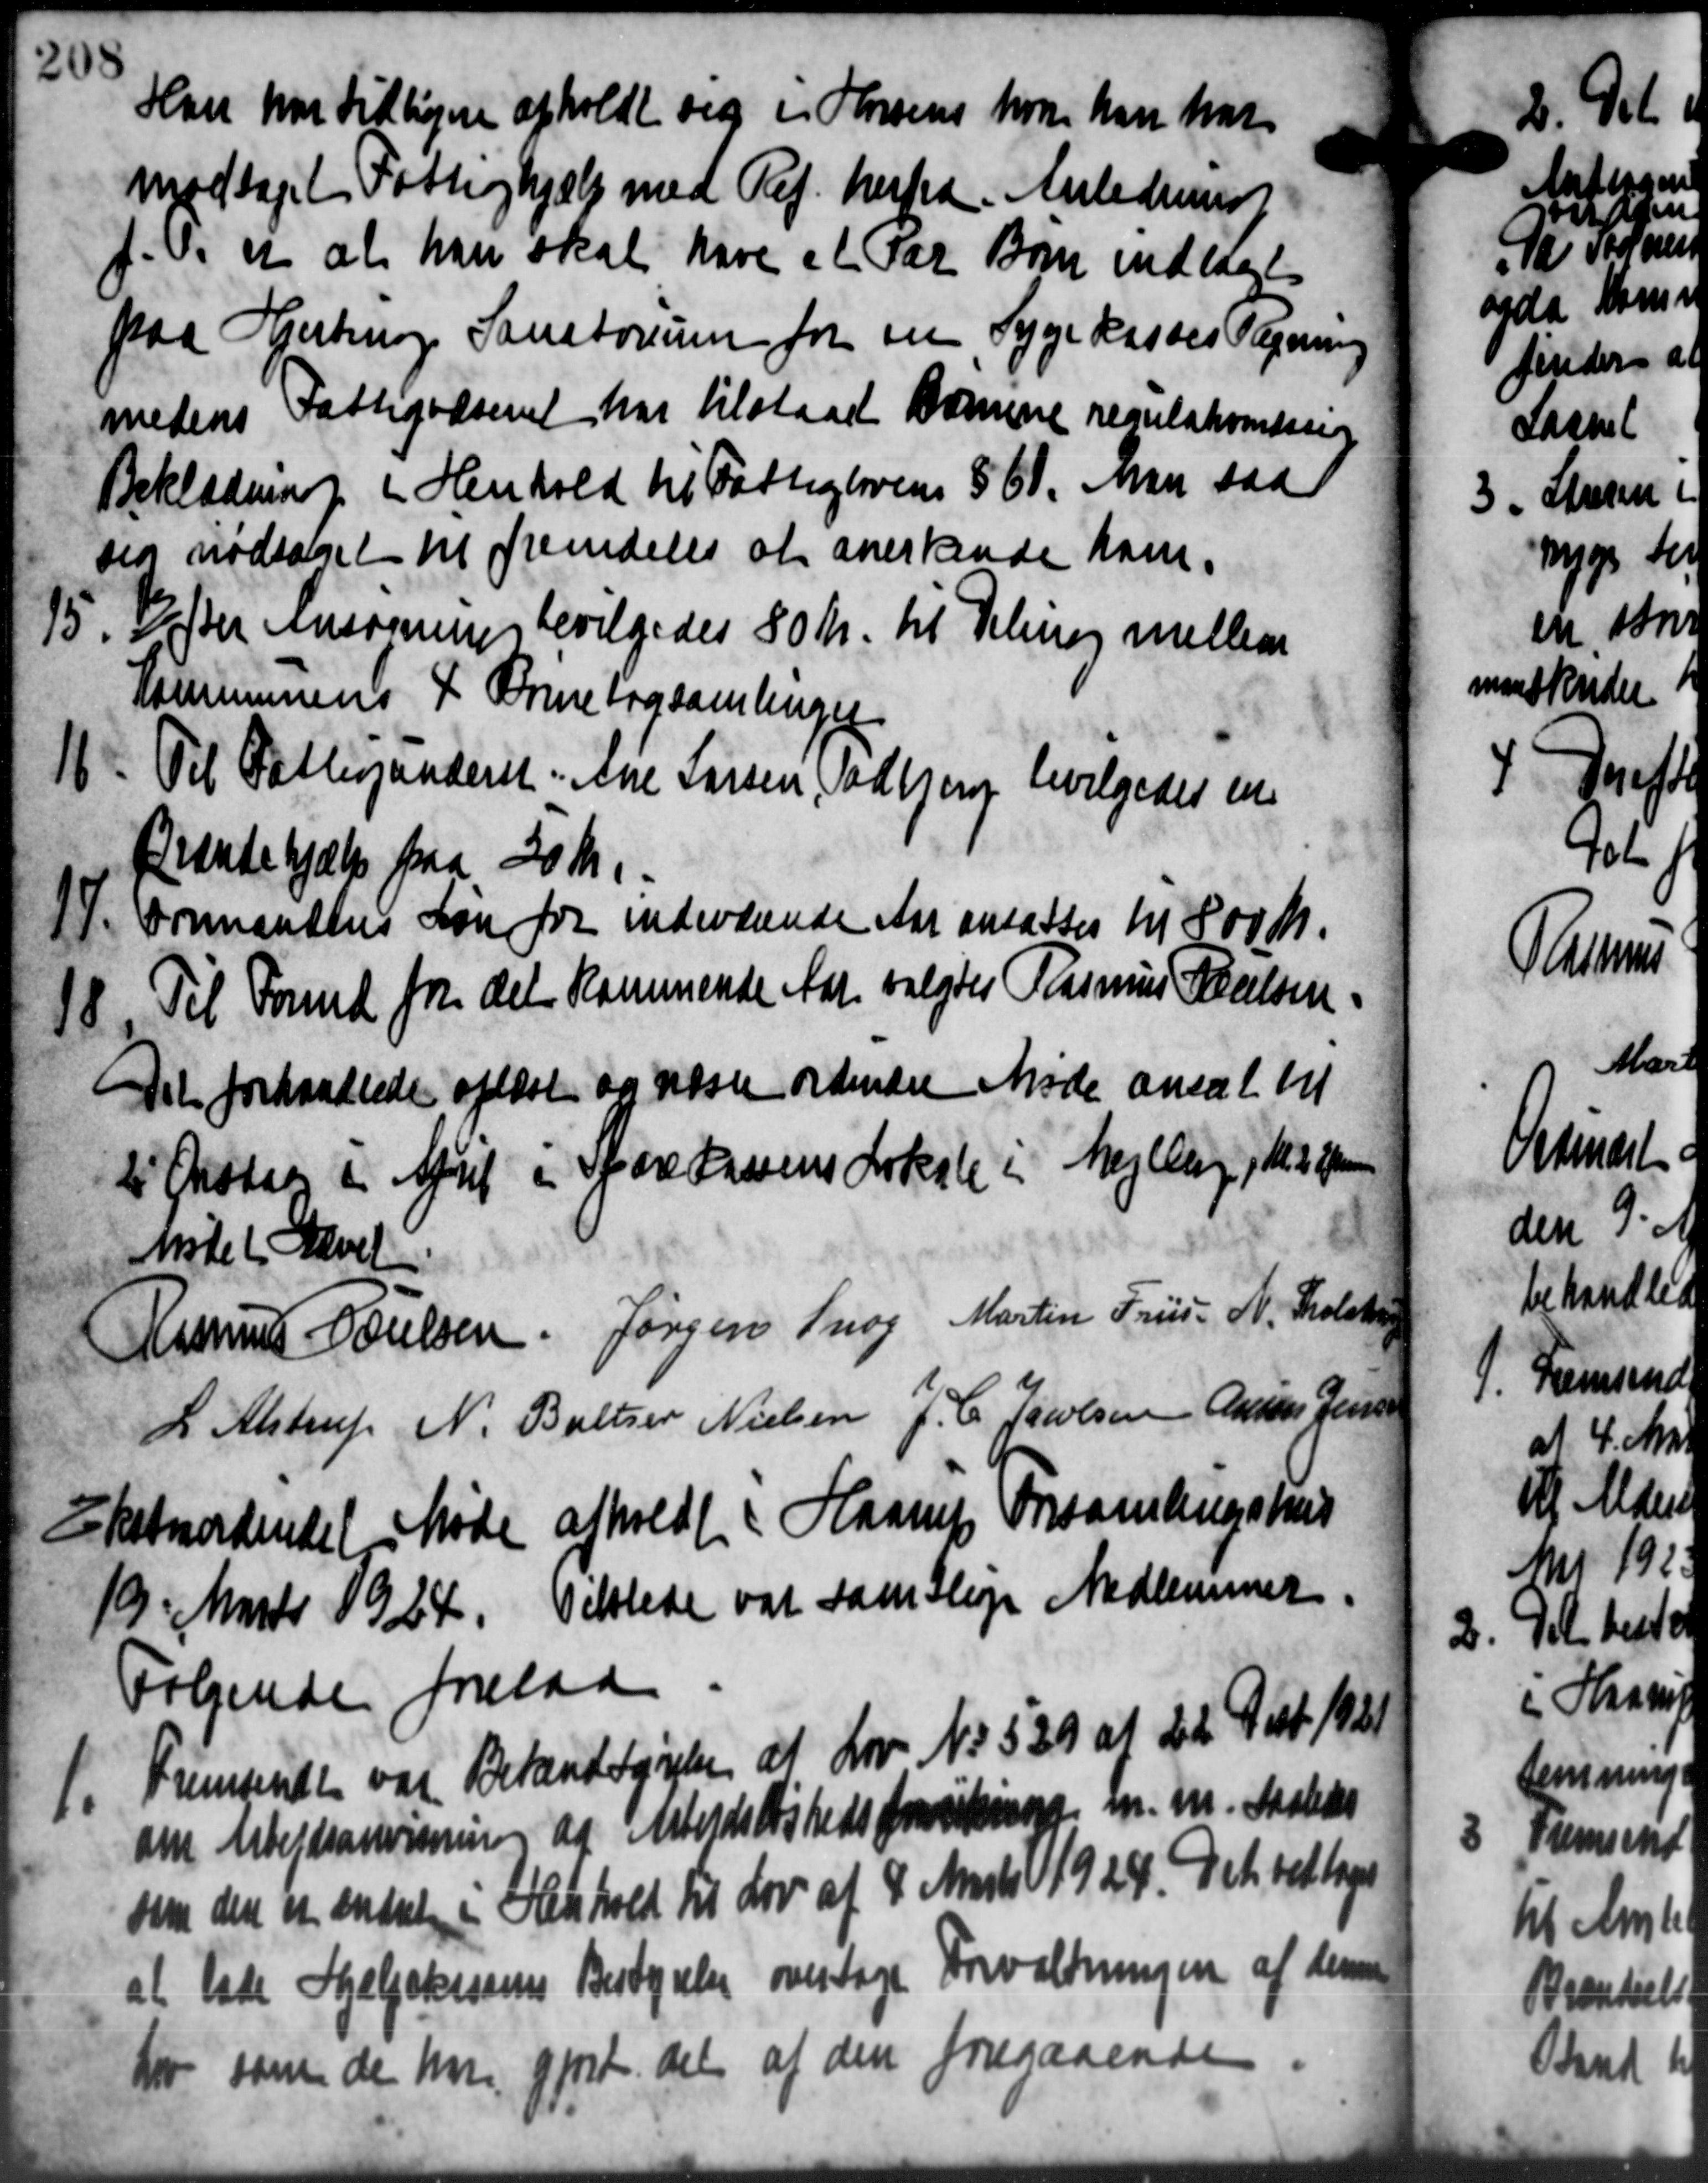
Transskription:
Han har tidligere afholdt sig i Horsens hvor han har
modtaget Fattighjælp med Ref. herfra. Anledning
f.V. et at han skal have et Par Børn indlagt
paa Hjertning Sanatorum for sin Sygekasses Regning
medens Fattigvæsenet har tilstaaet Børnene regulativersig
Beklædning i Henhold til Fattigloven § 61. Man saa
sig modtaget til fremdeles at anerkende ham.
15. Veder Ansøgning bevilgedes 80 Kr. til Deling mellem
15. Veder Ansøgning bevilgedes 80 Kr. til Deling mellem
Kommunens 4 Børnebogsamlinger
18. Til Fattigunderst. Ane Larsen, Todbjerg bevilgedes en
18. Til Fattigunderst. Ane Larsen, Todbjerg bevilgedes en
Brændehjælp paa 30 Kr.
17. Formandtes Løn for indeværende Aar ansattes til 800 Kr.
17. Formandtes Løn for indeværende Aar ansattes til 800 Kr.
18. Til Forud fra det kommende Aar valgtes Rasmus Poulsen.
18. Til Forud fra det kommende Aar valgtes Rasmus Poulsen.
Det forhandledes afløst og næste ordinære Møde ansat til
2 Onsdag i April i Sparekassens Lokale i Mejlby i Md frem
Møde (Gavet
Rasmus Poulsen Jørgen Snog Martin Friis N. Skolesten
L. Alstrup N. Baltzer Nielsen J. C. Jacobsen Anders Jensen
Ekstraordindel Møde afholdt Haarup Forsamlingshus
19' Marts 1924. Tilstede var samtlige Medlemmer.
Følgende forelaa

Fremsende var Betændtgørelse af Lov No 529 at det Dest 1921
om Arbejdsanvisning af Arbejdsløshedsforsikring m. m. Malers
som den er andret i Henhold til Lov af 4 Marts 1924. Det vedtage
at lade Hjælpekassens Bestyrelse overtage Forvaltningen af denne
Kr som de hver gjort del af den foregaaende

2

1

d

h